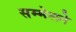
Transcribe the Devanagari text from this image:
सम्मेलने